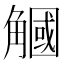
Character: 𧤯